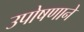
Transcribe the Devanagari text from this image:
उपोषणाने